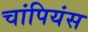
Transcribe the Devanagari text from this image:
चांपियंस